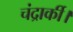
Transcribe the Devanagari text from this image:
चंद्रार्की।